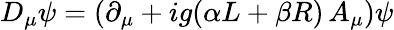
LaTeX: D_{\mu}\psi=(\partial_{\mu}+ig(\alpha L+\beta R)\, A_{\mu})\psi